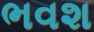
ભવશ